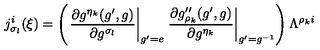
j _ { \sigma _ { l } } ^ { i } ( \xi ) = \left( \left. \frac { \partial g ^ { \eta _ { k } } ( g ^ { \prime } , g ) } { \partial g ^ { \sigma _ { l } } } \right| _ { g ^ { \prime } = e } \left. \frac { \partial g _ { \rho _ { k } } ^ { \prime \prime } ( g ^ { \prime } , g ) } { \partial g ^ { \eta _ { k } } } \right| _ { g ^ { \prime } = g ^ { - 1 } } \right) \Lambda ^ { \rho _ { k } i }